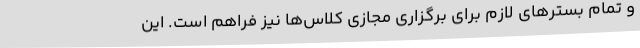
و تمام بسترهای لازم برای برگزاری مجازی کلاس‌ها نیز فراهم است. این